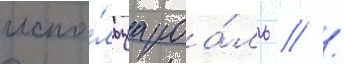
испо́льзуа роа́ль // /